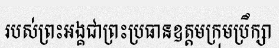
របស់ព្រះអង្គជាព្រះប្រធានឧត្តមក្រុមប្រឹក្សា